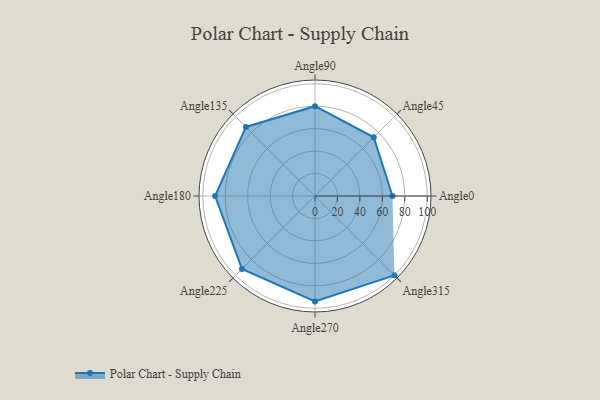
{"axis": {"x": "Angle", "y": "Radius"}, "legend": [""], "data": [{"x": "Angle0", "y": 69.0, "type": ""}, {"x": "Angle45", "y": 74.0, "type": ""}, {"x": "Angle90", "y": 80.0, "type": ""}, {"x": "Angle135", "y": 87.0, "type": ""}, {"x": "Angle180", "y": 89.0, "type": ""}, {"x": "Angle225", "y": 92.0, "type": ""}, {"x": "Angle270", "y": 94.0, "type": ""}, {"x": "Angle315", "y": 100.0, "type": ""}]}